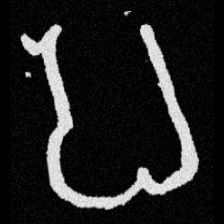
Pyu character \u2014 Myanmar letter: ပ (romanized: pa)